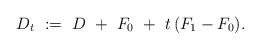
LaTeX: \begin{align*}D_t\ :=\ D\ +\ F_0\ +\ t\,(F_1-F_0).\end{align*}